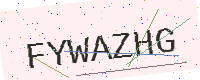
Text: FYWAZHG